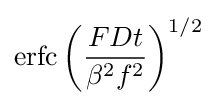
\operatorname {erfc} \left({\frac {FDt}{\beta ^{2}f^{2}}}\right)^{1/2}